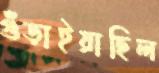
গুঁড়াইয়াছিল